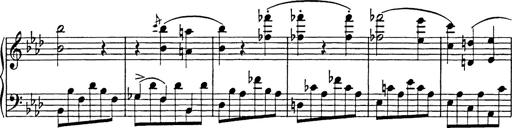
Title: Feuilles d'Album
Composer: Percy Godfrey